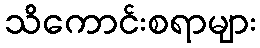
သိကောင်းစရာများ